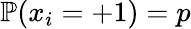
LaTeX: \mathbb{P}(x_{i}=+1)=p